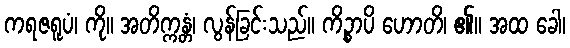
ကရဇရူပံ၊ ကို။ အတိက္ကန္တံ၊ လွန်ခြင်းသည်။ ကိဉ္စာပိ ဟောတိ၊ ၏။ အထ ခေါ၊